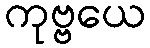
ကုဗ္ဗယေ